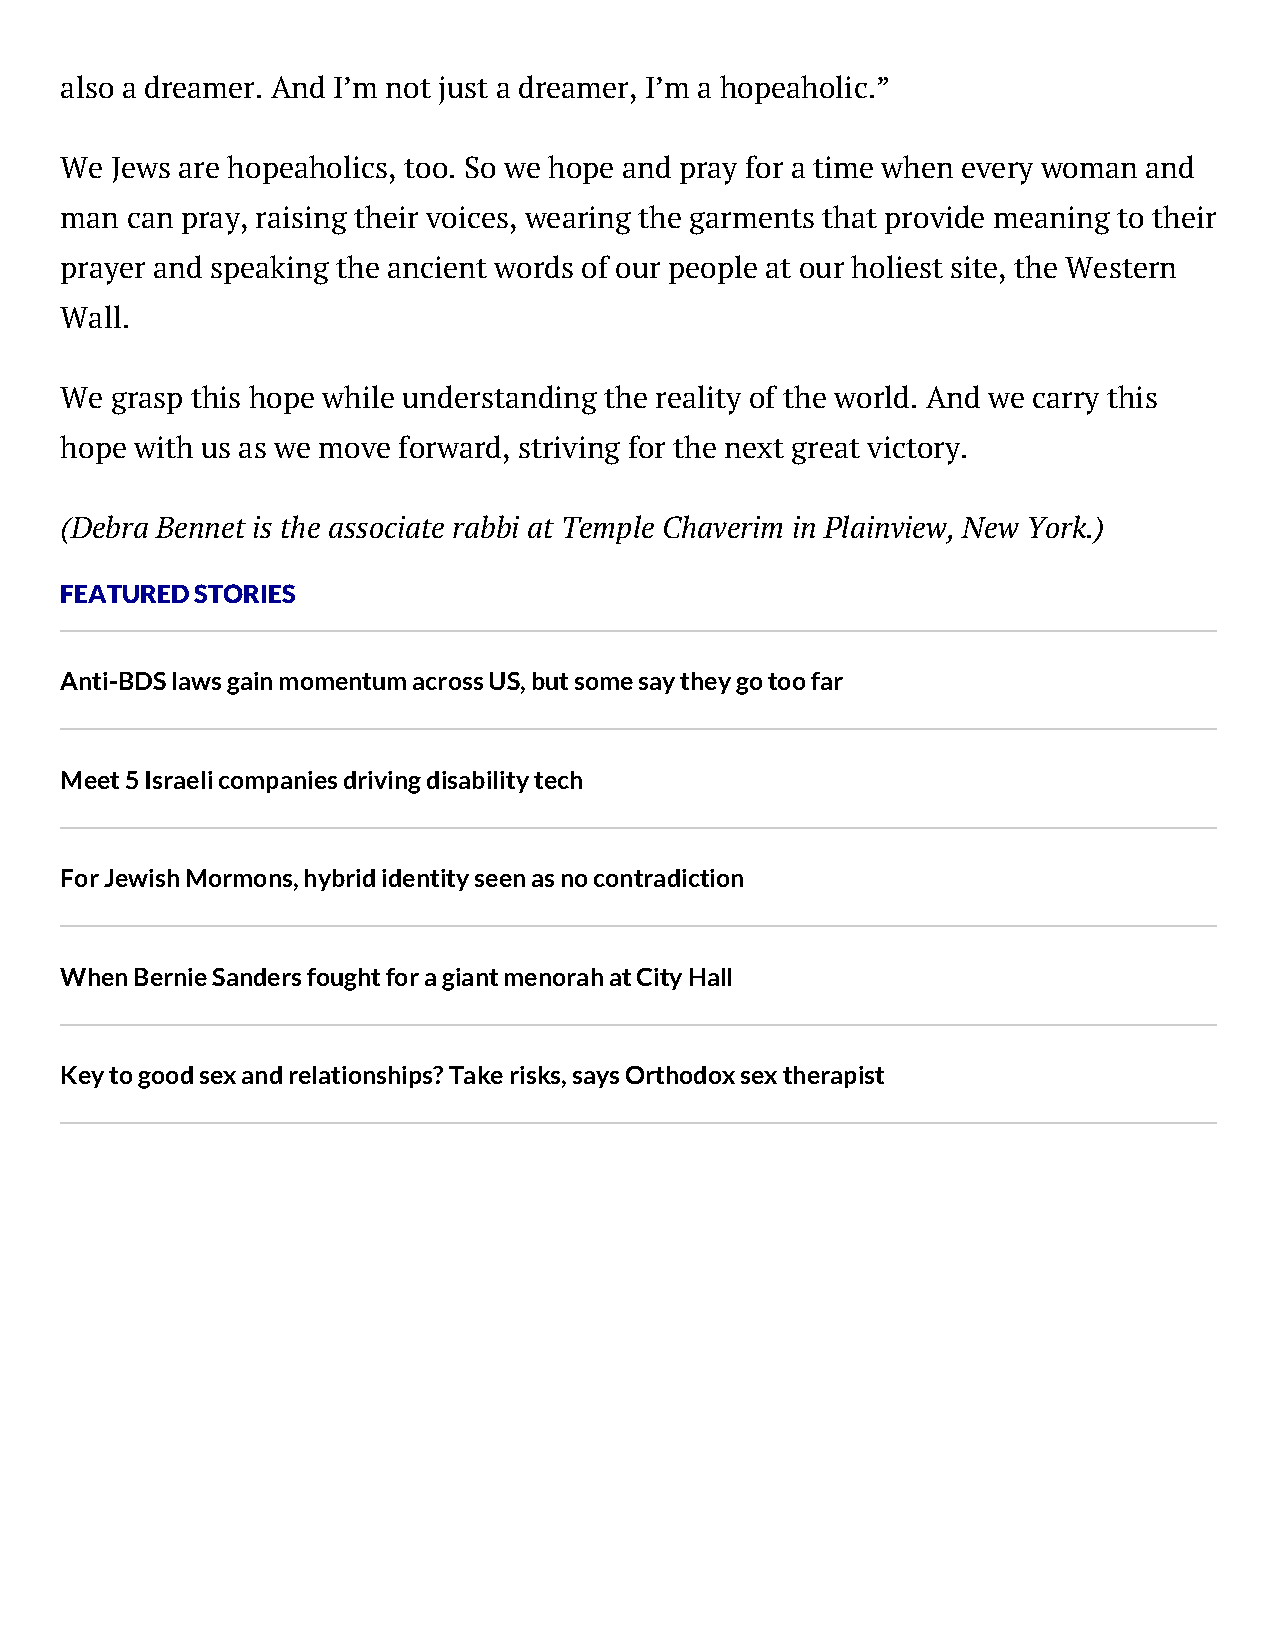
also a dreamer. And I’m not just a dreamer, I’m a hopeaholic.”
 We Jews are hopeaholics, too. So we hope and pray for a time when every woman and
 man can pray, raising their voices, wearing the garments that provide meaning to their
 prayer and speaking the ancient words of our people at our holiest site, the Western
 Wall.
 We grasp this hope while understanding the reality of the world. And we carry this
 hope with us as we move forward, striving for the next great victory.
 (Debra Bennet is the associate rabbi at Temple Chaverim in Plainview, New York.)
 FEATURED STORIES
 Anti-BDS laws gain momentum across US, but some say they go too far
 Meet 5 Israeli companies driving disability tech
 For Jewish Mormons, hybrid identity seen as no contradiction
 When Bernie Sanders fought for a giant menorah at City Hall
 Key to good sex and relationships? Take risks, says Orthodox sex therapist